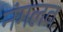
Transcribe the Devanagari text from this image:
नंगलव